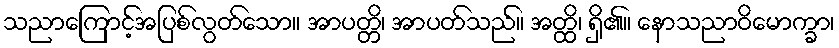
သညာကြောင့်အပြစ်လွတ်သော။ အာပတ္တိ၊ အာပတ်သည်။ အတ္ထိ၊ ရှိ၏။ နောသညာဝိမောက္ခာ၊